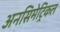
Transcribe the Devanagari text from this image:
अनसिमेट्रिकल